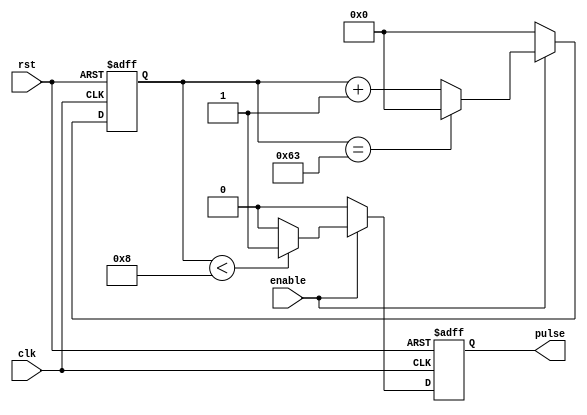
module SimplePulseGenerator (
    input wire clk,
    input wire rst,
    input wire enable,
    output reg pulse
);

parameter PULSE_WIDTH = 8;
parameter PULSE_FREQ = 100;

reg [7:0] counter;

always @(posedge clk or posedge rst) begin
    if (rst) begin
        counter <= 0;
        pulse <= 0;
    end else begin
        if (enable) begin
            if (counter < PULSE_WIDTH) begin
                pulse <= 1;
            end else begin
                pulse <= 0;
            end

            if (counter == PULSE_FREQ - 1) begin
                counter <= 0;
            end else begin
                counter <= counter + 1;
            end
        end else begin
            pulse <= 0;
            counter <= 0;
        end
    end
end

endmodule